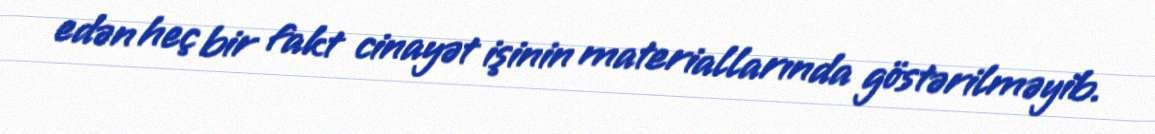
edən heç bir fakt cinayət işinin materiallarında göstərilməyib.